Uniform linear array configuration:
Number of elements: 64
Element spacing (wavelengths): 1
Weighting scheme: binomial
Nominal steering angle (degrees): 45
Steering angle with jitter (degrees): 44.985
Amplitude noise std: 0.05
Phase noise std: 0.05

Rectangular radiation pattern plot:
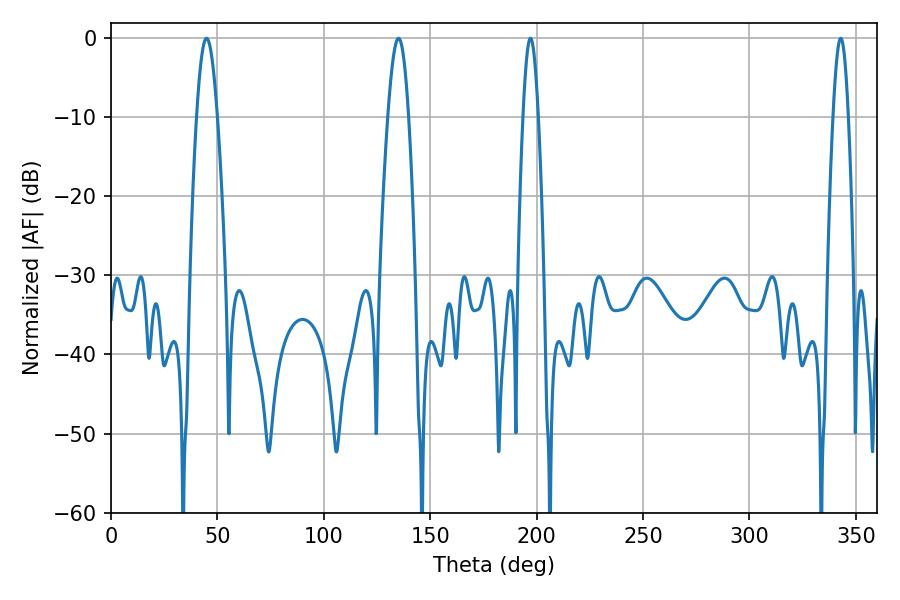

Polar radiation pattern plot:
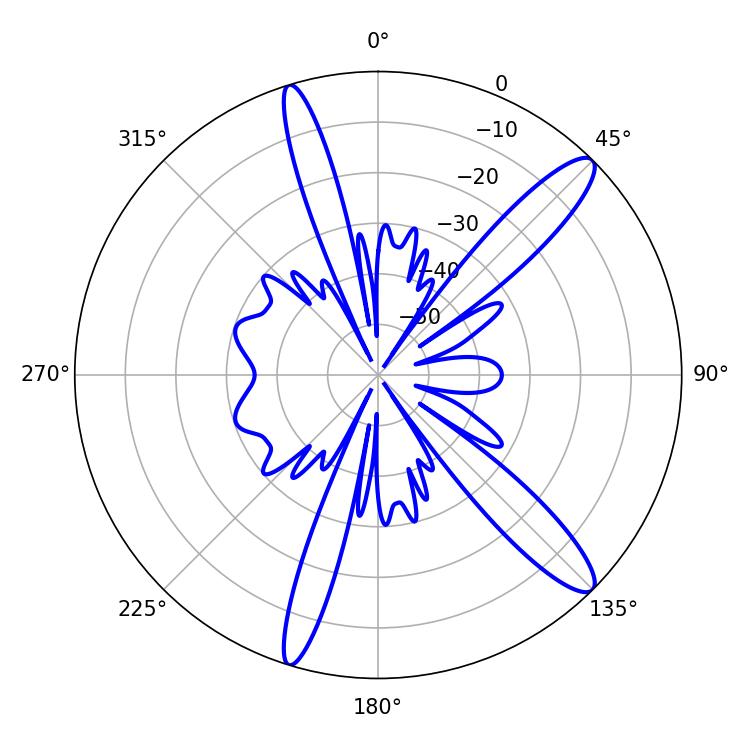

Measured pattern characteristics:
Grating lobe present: TRUE
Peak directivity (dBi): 13.117
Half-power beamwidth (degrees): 3.78
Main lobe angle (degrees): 197.1